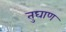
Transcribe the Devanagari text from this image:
तुघाण